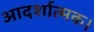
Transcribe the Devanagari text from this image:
आदर्शात्मक।